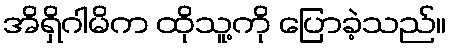
အိရှိဂါမိက ထိုသူ့ကို ပြောခဲ့သည်။